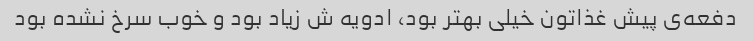
دفعه‌ی پیش غذاتون خیلی بهتر بود، ادویه ش زیاد بود و خوب سرخ نشده بود